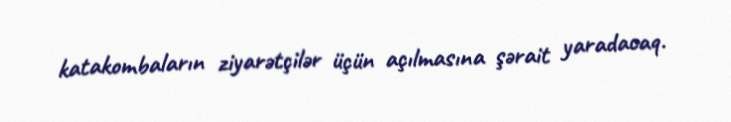
katakombaların ziyarətçilər üçün açılmasına şərait yaradacaq.